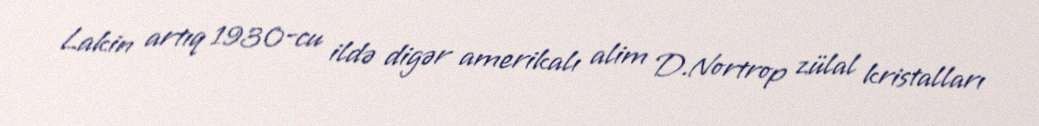
Lakin artıq 1930-cu ildə digər amerikalı alim D.Nortrop zülal kristalları